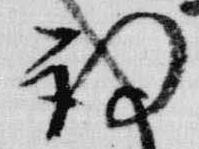
詞